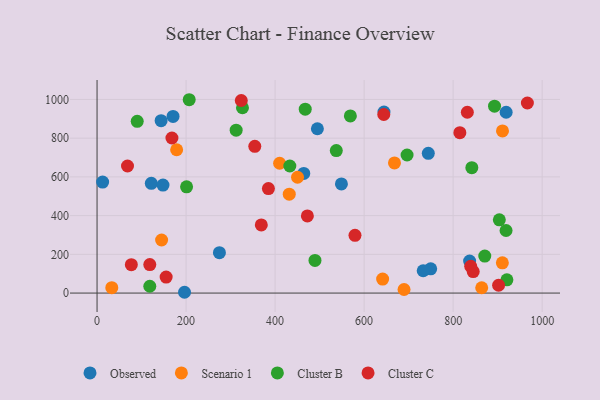
{"axis": {"x": "Price", "y": "Rating"}, "legend": ["Cluster B", "Cluster C", "Observed", "Scenario 1"], "data": [{"x": "837.0", "y": 165.0, "type": "Observed"}, {"x": "121.9", "y": 566.7, "type": "Observed"}, {"x": "495.0", "y": 848.7, "type": "Observed"}, {"x": "919.1", "y": 933.9, "type": "Observed"}, {"x": "464.4", "y": 618.0, "type": "Observed"}, {"x": "549.0", "y": 563.5, "type": "Observed"}, {"x": "148.1", "y": 557.6, "type": "Observed"}, {"x": "196.5", "y": 4.1, "type": "Observed"}, {"x": "644.6", "y": 935.0, "type": "Observed"}, {"x": "744.2", "y": 721.9, "type": "Observed"}, {"x": "12.5", "y": 573.5, "type": "Observed"}, {"x": "143.9", "y": 890.4, "type": "Observed"}, {"x": "749.6", "y": 125.0, "type": "Observed"}, {"x": "274.9", "y": 208.4, "type": "Observed"}, {"x": "732.7", "y": 115.2, "type": "Observed"}, {"x": "170.7", "y": 912.5, "type": "Observed"}, {"x": "641.6", "y": 72.4, "type": "Scenario 1"}, {"x": "431.8", "y": 510.6, "type": "Scenario 1"}, {"x": "33.1", "y": 28.1, "type": "Scenario 1"}, {"x": "910.9", "y": 837.5, "type": "Scenario 1"}, {"x": "910.6", "y": 156.1, "type": "Scenario 1"}, {"x": "145.0", "y": 274.2, "type": "Scenario 1"}, {"x": "450.4", "y": 598.2, "type": "Scenario 1"}, {"x": "689.7", "y": 18.4, "type": "Scenario 1"}, {"x": "410.2", "y": 670.6, "type": "Scenario 1"}, {"x": "668.2", "y": 672.2, "type": "Scenario 1"}, {"x": "178.8", "y": 740.3, "type": "Scenario 1"}, {"x": "864.2", "y": 27.5, "type": "Scenario 1"}, {"x": "433.1", "y": 656.4, "type": "Cluster B"}, {"x": "842.0", "y": 647.4, "type": "Cluster B"}, {"x": "207.0", "y": 998.6, "type": "Cluster B"}, {"x": "696.5", "y": 713.0, "type": "Cluster B"}, {"x": "903.8", "y": 378.5, "type": "Cluster B"}, {"x": "118.5", "y": 35.3, "type": "Cluster B"}, {"x": "201.1", "y": 548.5, "type": "Cluster B"}, {"x": "871.1", "y": 191.1, "type": "Cluster B"}, {"x": "537.5", "y": 736.2, "type": "Cluster B"}, {"x": "893.0", "y": 965.1, "type": "Cluster B"}, {"x": "467.7", "y": 949.6, "type": "Cluster B"}, {"x": "489.6", "y": 168.8, "type": "Cluster B"}, {"x": "569.1", "y": 914.9, "type": "Cluster B"}, {"x": "918.9", "y": 323.1, "type": "Cluster B"}, {"x": "312.5", "y": 841.3, "type": "Cluster B"}, {"x": "326.7", "y": 957.1, "type": "Cluster B"}, {"x": "920.8", "y": 68.2, "type": "Cluster B"}, {"x": "90.2", "y": 886.9, "type": "Cluster B"}, {"x": "354.4", "y": 757.7, "type": "Cluster C"}, {"x": "155.2", "y": 82.6, "type": "Cluster C"}, {"x": "168.2", "y": 801.0, "type": "Cluster C"}, {"x": "902.1", "y": 40.4, "type": "Cluster C"}, {"x": "815.1", "y": 828.4, "type": "Cluster C"}, {"x": "966.8", "y": 981.6, "type": "Cluster C"}, {"x": "118.5", "y": 147.3, "type": "Cluster C"}, {"x": "385.0", "y": 539.6, "type": "Cluster C"}, {"x": "579.5", "y": 298.3, "type": "Cluster C"}, {"x": "644.2", "y": 922.2, "type": "Cluster C"}, {"x": "472.5", "y": 398.3, "type": "Cluster C"}, {"x": "839.5", "y": 138.6, "type": "Cluster C"}, {"x": "68.4", "y": 656.4, "type": "Cluster C"}, {"x": "324.0", "y": 994.6, "type": "Cluster C"}, {"x": "77.0", "y": 146.6, "type": "Cluster C"}, {"x": "369.0", "y": 352.0, "type": "Cluster C"}, {"x": "831.9", "y": 933.9, "type": "Cluster C"}, {"x": "845.1", "y": 111.0, "type": "Cluster C"}]}